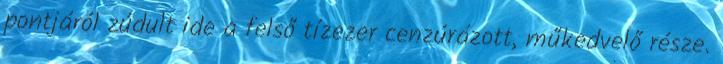
pontjáról zúdult ide a felső tízezer cenzúrázott, műkedvelő része.